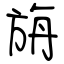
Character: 旃